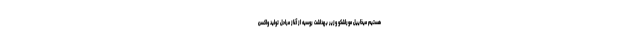
هستیم میخاییل موراشکو وزیر بهداشت روسیه از آغاز مراحل تولید واکسن